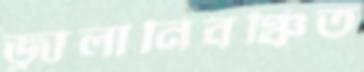
জ্বালানিবঞ্চিত